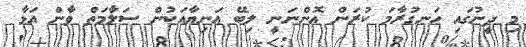
މި ދީނުގައި ހަނގުރާމަ ކުރަން އޮންނަނީ ލިބޭ އަނިޔާއަކުން ސަލާމަތް ވާން އަޅާ